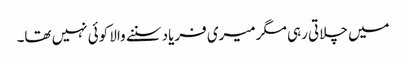
میں چلاتی رہی مگر میری فریاد سننے والا کوئی نہیں تھا۔